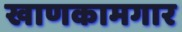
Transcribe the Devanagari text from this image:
खाणकामगार